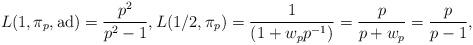
LaTeX: \begin{align*} L(1,\pi_p, \mathrm{ad}) = \frac{p^2}{p^2-1}, L(1/2,\pi_p) = \frac{1}{(1+w_p p^{-1})} = \frac{p}{p+w_p} = \frac{p}{p - 1},\end{align*}